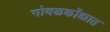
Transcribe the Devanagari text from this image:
गोवळकोंड्यात